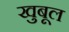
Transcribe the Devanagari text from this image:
खुबूल